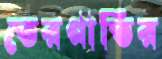
তেরগাতির